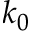
k _ { 0 }